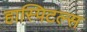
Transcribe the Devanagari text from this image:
हास्पिटल्स